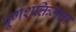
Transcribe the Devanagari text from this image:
पूर्णशक्तिमत्ता